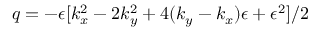
q = - \epsilon [ k _ { x } ^ { 2 } - 2 k _ { y } ^ { 2 } + 4 ( k _ { y } - k _ { x } ) \epsilon + \epsilon ^ { 2 } ] / 2